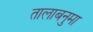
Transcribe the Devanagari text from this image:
तालाबनुमा